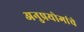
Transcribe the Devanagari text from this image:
अनुप्रयोगांचे